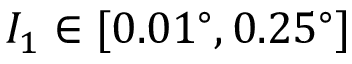
I _ { 1 } \in [ 0 . 0 1 ^ { \circ } , 0 . 2 5 ^ { \circ } ]